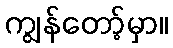
ကျွန်တော့်မှာ။